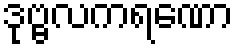
ဒုဗ္ဗလကရဏော